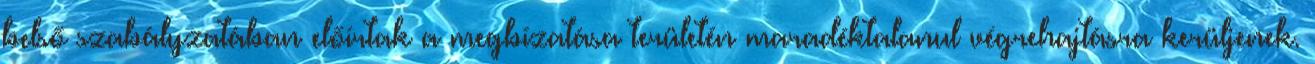
belső szabályzatában előírtak a megbízatása területén maradéktalanul végrehajtásra kerüljenek.